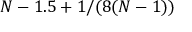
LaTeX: N - 1 . 5 + 1 / ( 8 ( N - 1 ) )